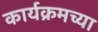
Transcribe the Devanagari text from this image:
कार्यक्रमच्या